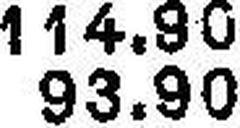
114.90